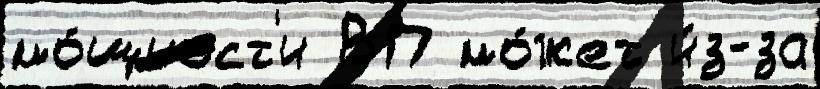
мо́щност'и ВП мо́жет и́з-за